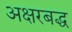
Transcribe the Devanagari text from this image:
अक्षरबद्ध